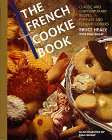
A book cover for The French Cookie Book: Classic and Contemporary Recipes for Easy and Elegant Cookies; Bruce Healy; Cookbooks, Food & Wine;